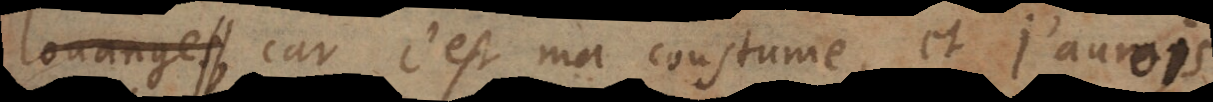
louange,, car c’est ma coustume, et j’aurois